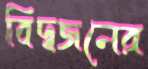
বিদ্বজনের